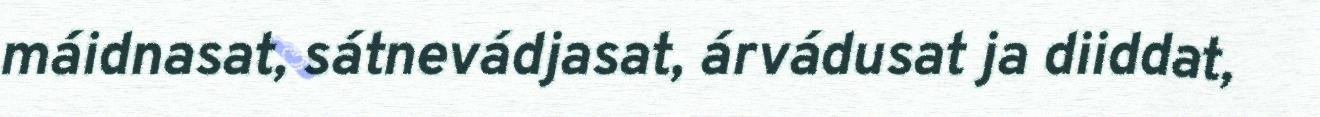
máidnasat, sátnevádjasat, árvádusat ja diiddat,